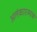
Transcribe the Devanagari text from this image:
अलंकारत्मक